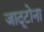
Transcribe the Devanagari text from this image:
जादूटोना